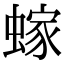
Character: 𫋕